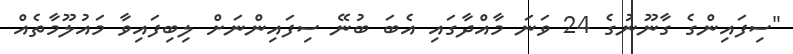
"ސިފައިންގެ ގާނޫނުގެ 24 ވަނަ މާއްދާގައި އެބަ ބުނޭ ސިފައިންނަށް ލިބިފައިވާ މައުލޫމާތެއް